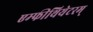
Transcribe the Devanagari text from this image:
एम्फीथियेटरम्